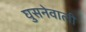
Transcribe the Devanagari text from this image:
घुसनेवाली